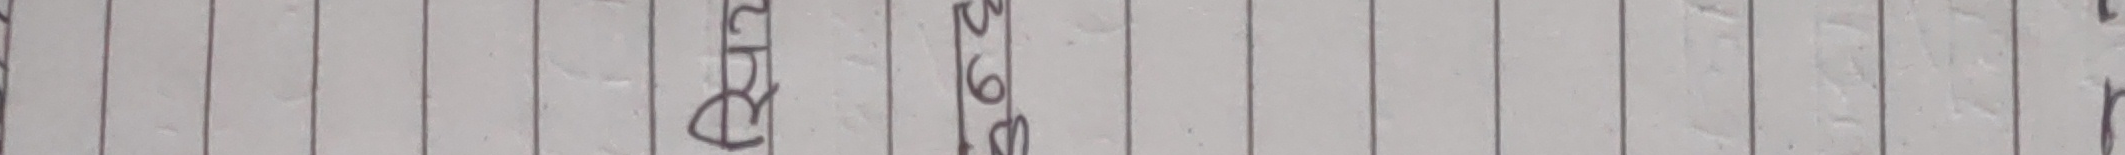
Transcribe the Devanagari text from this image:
३९२ श्री